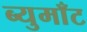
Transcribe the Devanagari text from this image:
ब्युमाँट